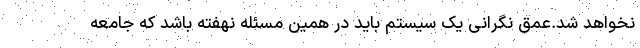
نخواهد شد.عمق نگرانی یک سیستم باید در همین مسئله نهفته باشد که جامعه